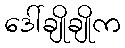
ဒေါ်ချိုချိုက